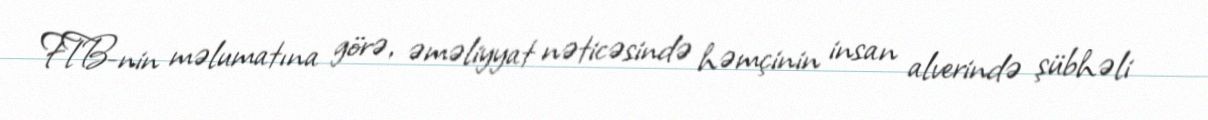
FTB-nin məlumatına görə, əməliyyat nəticəsində həmçinin insan alverində şübhəli